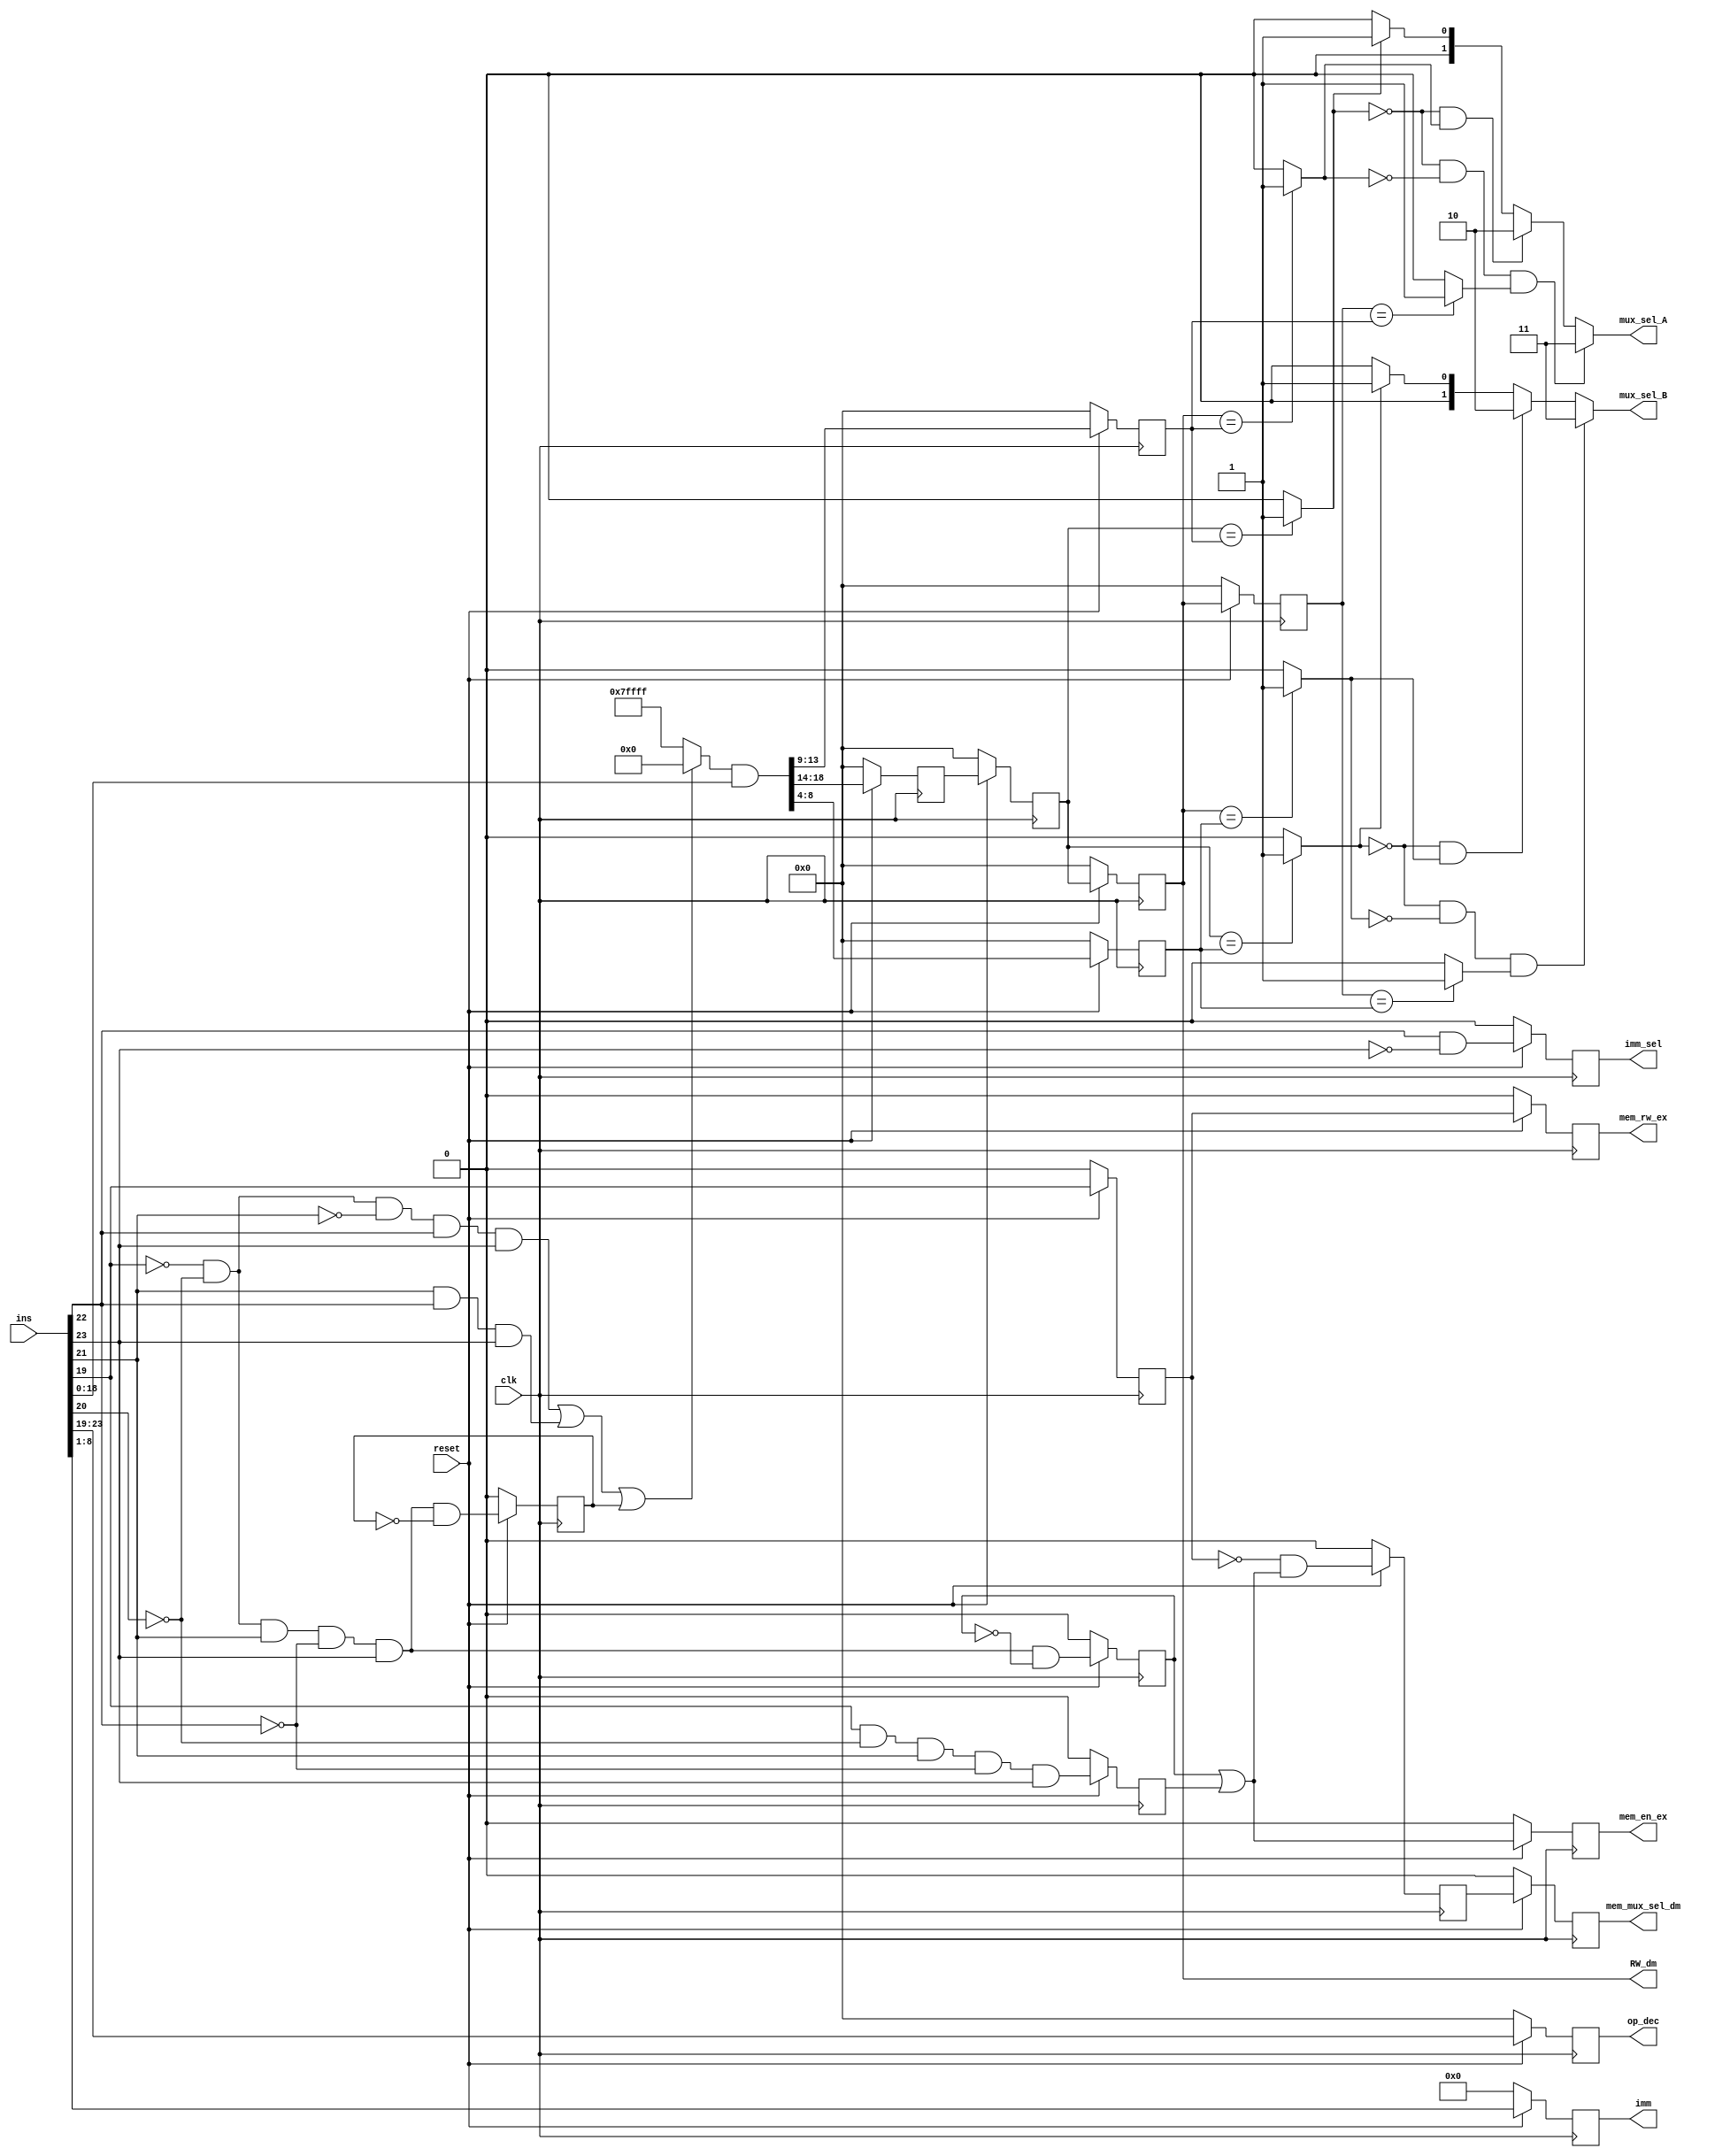
`timescale 1ns / 1ps
//////////////////////////////////////////////////////////////////////////////////
// Company: 
// Engineer: 
// 
// Design Name: 
// Module Name:    DependencyCheckBlock 
// Project Name: 
// Target Devices: 
// Tool versions: 
// Description: 
//
// Dependencies: 
//
// Revision: 
// Revision 0.01 - File Created
// Additional Comments: 
//
//////////////////////////////////////////////////////////////////////////////////
module DependencyCheckBlock(imm, RW_dm, op_dec, mux_sel_A, mux_sel_B, imm_sel, mem_en_ex, mem_rw_ex, mem_mux_sel_dm,   ins, clk, reset);

//inputs and outputs
input [23: 0]  ins;
input clk, reset;

output reg [7 : 0] imm;
output wire [4 : 0] RW_dm, op_dec ;
output wire [1 : 0] mux_sel_A, mux_sel_B;
output wire  imm_sel,mem_en_ex, mem_rw_ex, mem_mux_sel_dm;

//temp variables
wire JMP_out, Cond_J_out, LD1_out, Imm_out, LD2_out, ST_out;
wire Nor_out;
wire [18:0] AND1_out; 
wire AND2_out, AND3_out;
wire OR_out;
reg DFF1, DFF2, DFF3, DFF4, DFF5, DFF6, DFF7, DFF8, DFF9;
wire T_DFF1, T_DFF2, T_DFF3, T_DFF4, T_DFF5, T_DFF6, T_DFF7, T_DFF8,T_DFF9;

//AND Gates formed by ins bit from 19 to 23
and JMP(JMP_out, ~ins[19], ~ins[20], ~ins[21], ins[22], ins[23]);
and Cond_J(Cond_J_out, ins[21], ins[22], ins[23]);
and LD1(LD1_out, ~ins[19], ~ins[20], ins[21], ~ins[22], ins[23], ~DFF1); 
and Imm(Imm_out,  ins[22], ~ins[23]);
and LD2(LD2_out, ~ins[19], ~ins[20], ins[21], ~ins[22], ins[23]);
and ST(ST_out, ins[19], ~ins[20], ins[21], ~ins[22], ins[23]);

//NOR Gate 
nor NORGATE(Nor_out, JMP_out, Cond_J_out, DFF1); 

//Bit extender
wire [18:0] EXT_out;
assign EXT_out=(Nor_out==0) ? 0 : 19'b1111111111111111111;

//AND Gates
assign AND1_out=EXT_out & ins;

and ANDGATE2(AND2_out, LD2_out, ~DFF3);

//D-FFs for generating signals of the lower half of the block
assign T_DFF1=(reset==0) ? 0 : LD1_out;
assign T_DFF2=(reset==0) ? 0 : ins[19];
assign T_DFF3=(reset==0) ? 0 : AND2_out;
assign T_DFF4=(reset==0) ? 0 : ST_out;
assign T_DFF5=(reset==0) ? 0 : Imm_out;
assign T_DFF6=(reset==0) ? 0 : DFF2;
assign T_DFF7=(reset==0) ? 0 : AND3_out;
assign T_DFF8=(reset==0) ? 0 : OR_out;
assign T_DFF9=(reset==0) ? 0 : DFF7;


//assigning values to D-FFs
always @(posedge clk)
begin
		DFF1<=T_DFF1;
		DFF2<=T_DFF2;
		DFF3<=T_DFF3;
		DFF4<=T_DFF4;
		DFF5<=T_DFF5;
		DFF6<=T_DFF6;
		DFF7<=T_DFF7;
		DFF8<=T_DFF8;
		DFF9<=T_DFF9;
end

//reg [7:0] imm;
//imm value from reg
wire [7:0] T_imm;
assign T_imm=(reset==0) ? 0 : ins[8:1];
always @(posedge clk)
begin
		imm<=T_imm;
end

//OR Gates
or ORGATE(OR_out, DFF3, DFF4);
and ANDGATE3(AND3_out, ~DFF2, OR_out);


//assigning mem signals
assign mem_en_ex=DFF8;
assign mem_rw_ex=DFF6;
assign mem_mux_sel_dm=DFF9;
assign imm_sel=DFF5;

//temp variables
reg [4 :0] Reg1, Reg2, Reg3, Reg4, Reg5, Reg6, Reg7;
wire [4:0] T_Reg1, T_Reg2, T_Reg3, T_Reg4, T_Reg5, T_Reg6, T_Reg7;
wire AND4_out, AND5_out, AND6_out, AND7_out;
wire C1, C2, C3, C4, C5, C6;


//Regs for upper part of the design
assign T_Reg1=(reset==0) ? 0 : ins[23:19];
assign T_Reg2=(reset==0) ? 0 : AND1_out[13:9];
assign T_Reg3=(reset==0) ? 0 : AND1_out[18:14];
assign T_Reg4=(reset==0) ? 0 : AND1_out[8:4];
assign T_Reg5=(reset==0) ? 0 : Reg3;
assign T_Reg6=(reset==0) ? 0 : Reg5;
assign T_Reg7=(reset==0) ? 0 : Reg6;


//assigning values to Regs
always @(posedge clk)
begin
		Reg1<=T_Reg1;
		Reg2<=T_Reg2;
		Reg3<=T_Reg3;
		Reg4<=T_Reg4;
		Reg5<=T_Reg5;
		Reg6<=T_Reg6;
		Reg7<=T_Reg7;
end

//assigning signals
assign RW_dm= Reg6;
assign op_dec=Reg1 ;

//Comparator
assign C1=(Reg5==Reg2)? 1'b1 : 0;
assign C2=(Reg6==Reg2)? 1'b1 : 0;
assign C3=(Reg7==Reg2)? 1'b1 : 0;
assign C4=(Reg5==Reg4)? 1'b1 : 0;
assign C5=(Reg6==Reg4)? 1'b1 : 0;
assign C6=(Reg7==Reg4)? 1'b1 : 0;


//AND gates after the comparator
and ANDGATE4(AND4_out, ~C1, C2 );
and ANDGATE5(AND5_out, ~C1, ~C2, C3 );
and ANDGATE6(AND6_out, ~C4, C5 );
and ANDGATE7(AND7_out, ~C4, ~C5, C6 );


//assigning values to Mux sel using priority encoder
assign mux_sel_A=(AND5_out==1)? 2'b11 :  
					  (AND4_out==1)? 2'b10 :
					  (C1==1)? 2'b01 : 2'b00;

assign mux_sel_B=(AND7_out==1)? 2'b11 :  
					  (AND6_out==1)? 2'b10 :
					  (C4==1)? 2'b01 : 2'b00;



endmodule